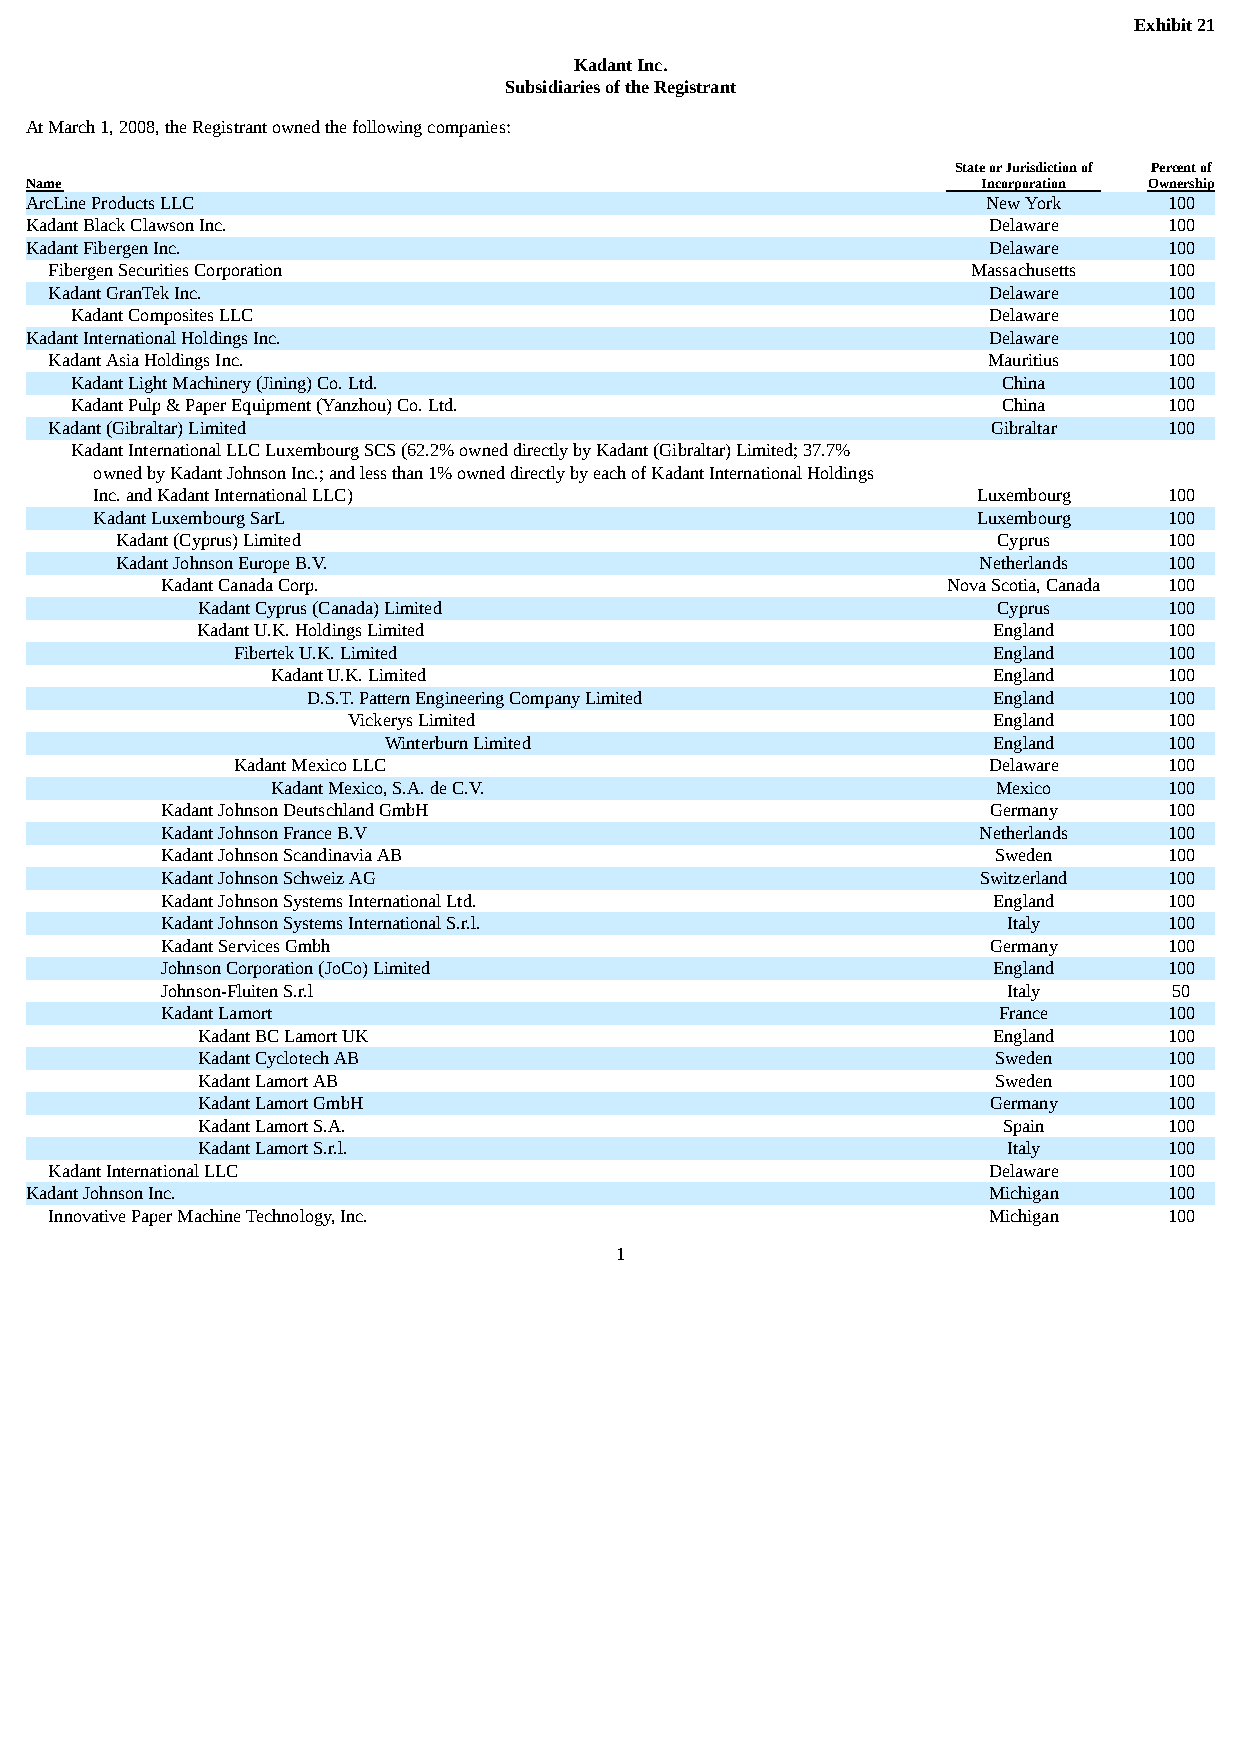
Exhibit 21
 Kadant Inc.
 Subsidiaries of the Registrant
 At March 1, 2008, the Registrant owned the following companies:
 State or Jurisdiction of Percent of
 Name                                                           Incorporation Ownership
 ArcLine Products LLC                                           New York    100
 Kadant Black Clawson Inc.                                      Delaware    100
 Kadant Fibergen Inc.                                           Delaware    100
 Fibergen Securities Corporation                              Massachusetts 100
 Kadant GranTek Inc.                                           Delaware    100
 Kadant Composites LLC                                       Delaware    100
 Kadant International Holdings Inc.                             Delaware    100
 Kadant Asia Holdings Inc.                                     Mauritius   100
 Kadant Light Machinery (Jining) Co. Ltd.                     China      100
 Kadant Pulp & Paper Equipment (Yanzhou) Co. Ltd.             China      100
 Kadant (Gibraltar) Limited                                     Gibraltar  100
 Kadant International LLC Luxembourg SCS (62.2% owned directly by Kadant (Gibraltar) Limited; 37.7%
 owned by Kadant Johnson Inc.; and less than 1% owned directly by each of Kadant International Holdings
 Inc. and Kadant International LLC)                         Luxembourg  100
 Kadant Luxembourg SarL                                     Luxembourg  100
 Kadant (Cyprus) Limited                                   Cyprus     100
 Kadant Johnson Europe B.V.                               Netherlands 100
 Kadant Canada Corp.                                 Nova Scotia, Canada 100
 Kadant Cyprus (Canada) Limited                       Cyprus     100
 Kadant U.K. Holdings Limited                         England    100
 Fibertek U.K. Limited                              England    100
 Kadant U.K. Limited                             England    100
 D.S.T. Pattern Engineering Company Limited    England    100
 Vickerys Limited                           England    100
 Winterburn Limited                       England    100
 Kadant Mexico LLC                                 Delaware    100
 Kadant Mexico, S.A. de C.V.                     Mexico     100
 Kadant Johnson Deutschland GmbH                       Germany     100
 Kadant Johnson France B.V                             Netherlands 100
 Kadant Johnson Scandinavia AB                          Sweden     100
 Kadant Johnson Schweiz AG                             Switzerland 100
 Kadant Johnson Systems International Ltd.              England    100
 Kadant Johnson Systems International S.r.l.             Italy     100
 Kadant Services Gmbh                                  Germany     100
 Johnson Corporation (JoCo) Limited                     England    100
 Johnson-Fluiten S.r.l                                   Italy      50
 Kadant Lamort                                          France     100
 Kadant BC Lamort UK                                  England    100
 Kadant Cyclotech AB                                  Sweden     100
 Kadant Lamort AB                                     Sweden     100
 Kadant Lamort GmbH                                  Germany     100
 Kadant Lamort S.A.                                   Spain      100
 Kadant Lamort S.r.l.                                  Italy     100
 Kadant International LLC                                      Delaware    100
 Kadant Johnson Inc.                                            Michigan    100
 Innovative Paper Machine Technology, Inc.                     Michigan    100
 1